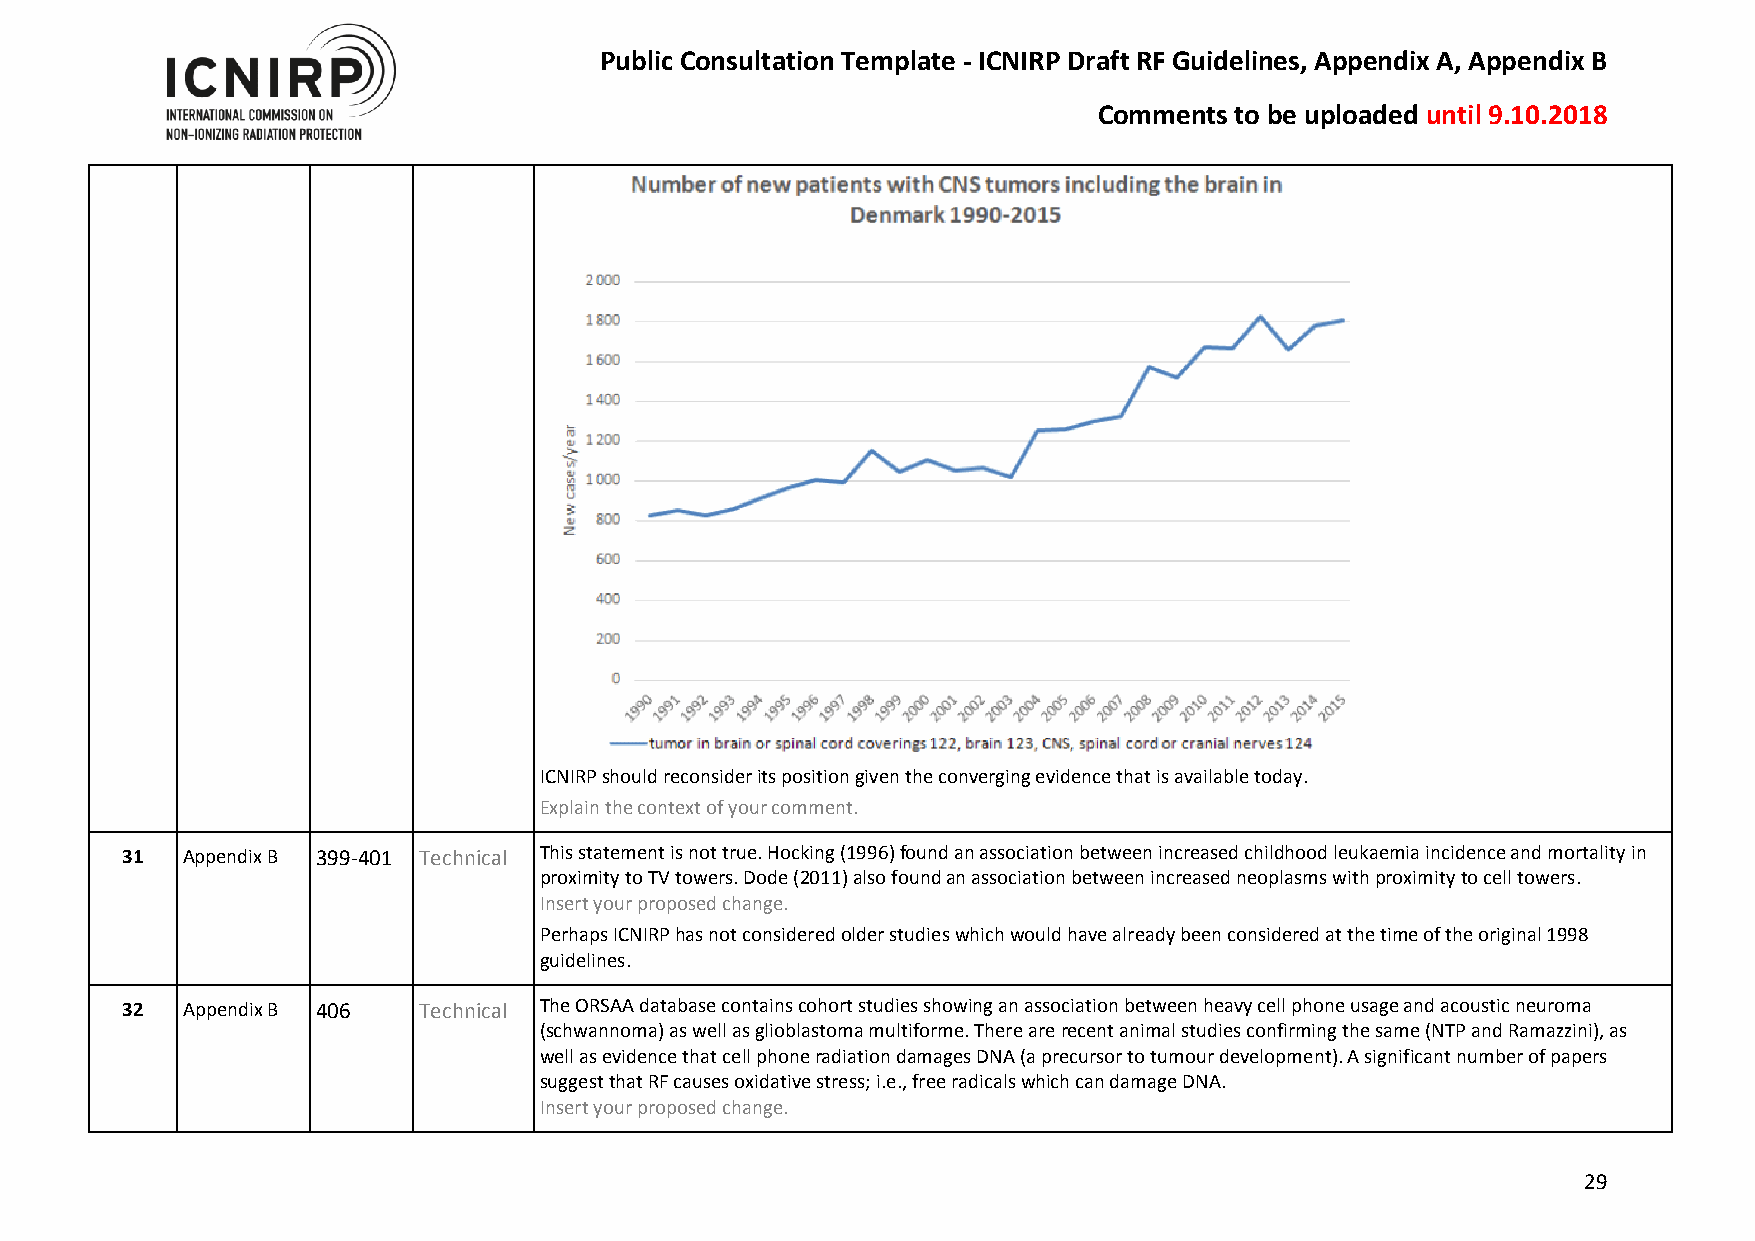
Public Consultation Template - ICNIRP Draft RF Guidelines, Appendix A, Appendix B
 Comments to be uploaded until 9.10.2018
 ICNIRP should reconsider its position given the converging evidence that is available today.
 Explain the context of your comment.
 31  Appendix B 399-401 Technical This statement is not true. Hocking (1996) found an association between increased childhood leukaemia incidence and mortality in
 proximity to TV towers. Dode (2011) also found an association between increased neoplasms with proximity to cell towers.
 Insert your proposed change.
 Perhaps ICNIRP has not considered older studies which would have already been considered at the time of the original 1998
 guidelines.
 32  Appendix B 406  Technical The ORSAA database contains cohort studies showing an association between heavy cell phone usage and acoustic neuroma
 (schwannoma) as well as glioblastoma multiforme. There are recent animal studies confirming the same (NTP and Ramazzini), as
 well as evidence that cell phone radiation damages DNA (a precursor to tumour development). A significant number of papers
 suggest that RF causes oxidative stress; i.e., free radicals which can damage DNA.
 Insert your proposed change.
 29